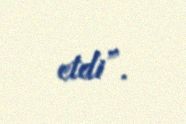
etdi”.